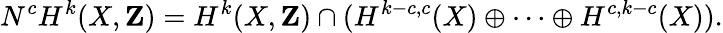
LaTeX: N^{c}H^{k}(X,\mathbf{Z})=H^{k}(X,\mathbf{Z})\cap(H^{k-c,c}(X)\oplus\cdots\oplus H^{c,k-c}(X)).